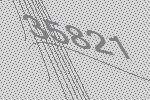
35821